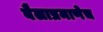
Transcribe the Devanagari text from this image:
बैलाप्रमाणेच